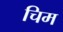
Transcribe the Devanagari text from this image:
चिम